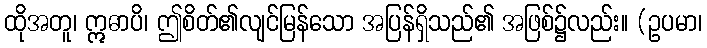
ထိုအတူ၊ ဣဓာပိ၊ ဤစိတ်၏လျင်မြန်သော အပြန်ရှိသည်၏ အဖြစ်၌လည်း။ (ဥပမာ၊